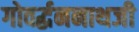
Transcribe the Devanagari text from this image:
गोवर्द्धननाथजी